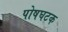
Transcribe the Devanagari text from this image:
पोषघटक